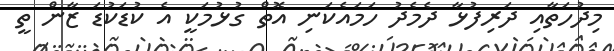
މިދުހަތާއި ދަރިފުޅާ ދެމެދު ހަމައެކަނި އޮތް ގުޅުމަކީ އެ ކުޑަކުޑަ ޒާން ތީ